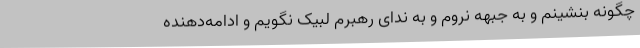
چگونه بنشینم و به جبهه نروم و به ندای رهبرم لبیک نگویم و ادامه‌دهنده